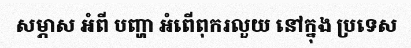
សម្ភាស អំពី បញ្ហា អំពើពុករលួយ នៅក្នុង ប្រទេស